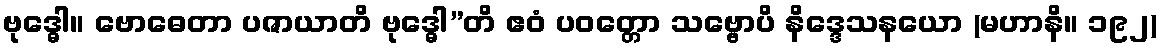
ဗုဒ္ဓေါ။ ဗောဓေတာ ပဇာယာတိ ဗုဒ္ဓေါ”တိ ဧဝံ ပဝတ္တော သဗ္ဗောပိ နိဒ္ဒေသနယော (မဟာနိ။ ၁၉၂)